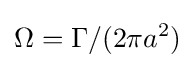
\Omega =\Gamma /(2\pi a^{2})